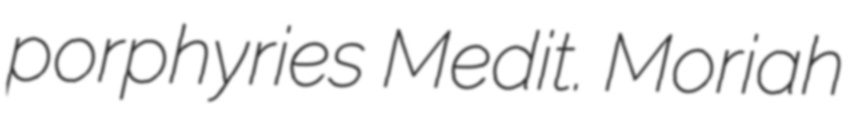
porphyries Medit. Moriah